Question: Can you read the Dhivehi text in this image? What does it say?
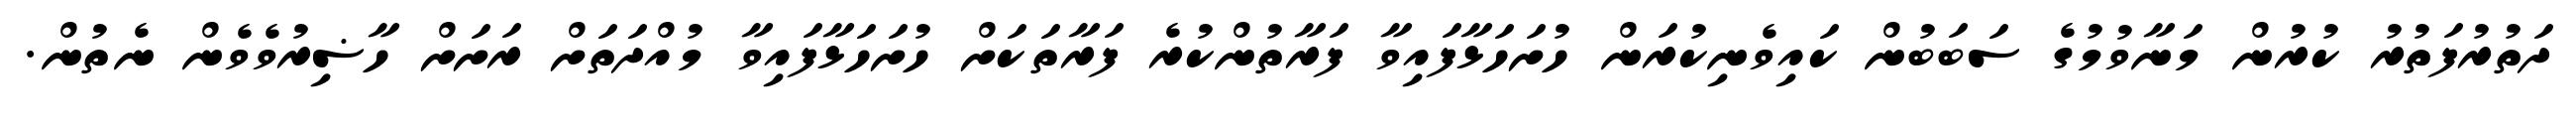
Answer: ދަތުރުފަތުރު ކުރުން މަނާވުމުގެ ސަބަބުން ކައިވެނިކުރަން ހުށަހަޅާފައިވާ ފަރާތުންކުރެ ފަރާތަކަށް ހުށަހަޅާފައިވާ މުއްދަތަށް ރަށަށް ހާޟިރުވެވެން ނެތުން.